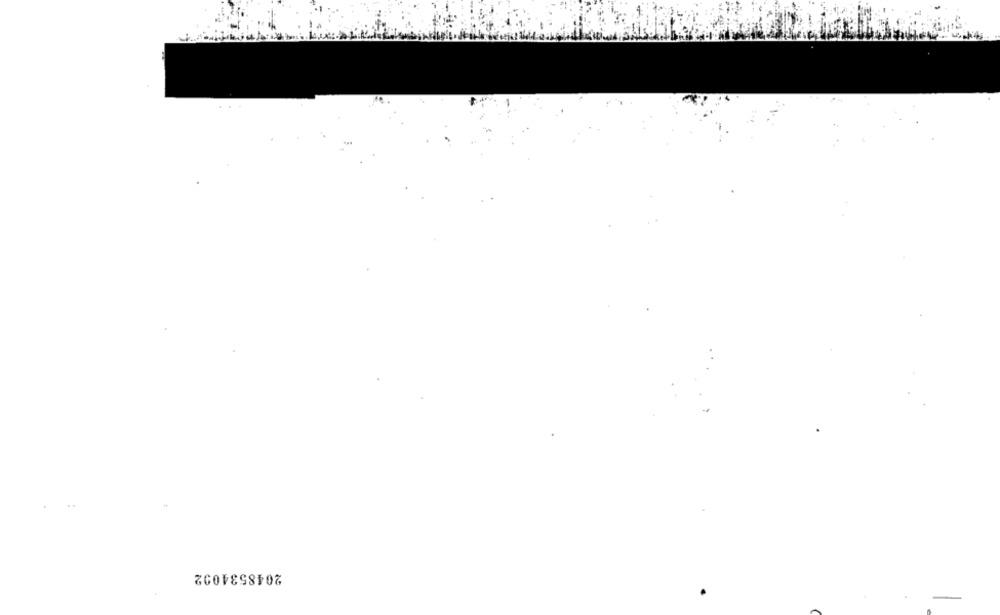
2048534092